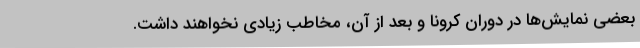
بعضی نمایش‌ها در دوران کرونا و بعد از آن، مخاطب زیادی نخواهند داشت.